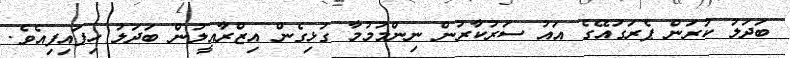
ބަދަލު ކުރަން ޕެރަގުއޭގެ އައު ސަރުކާރުން ނިންމުމުމާ ގުޅިގެން އިޒްރާއީލުން ބަދަލު ހިފައިފިއެވެ.